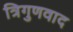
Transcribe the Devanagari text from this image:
त्रिगुणवाद